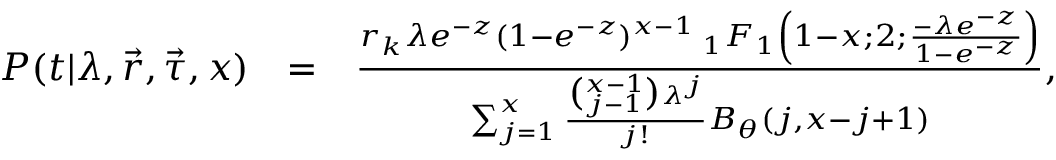
\begin{array} { r l r } { P ( t | \lambda , \vec { r } , \vec { \tau } , x ) } & { = } & { \frac { r _ { k } \lambda e ^ { - z } ( 1 - e ^ { - z } ) ^ { x - 1 } \: _ { 1 } F _ { 1 } \left( 1 - x ; 2 ; \frac { - \lambda e ^ { - z } } { 1 - e ^ { - z } } \right) } { \sum _ { j = 1 } ^ { x } \frac { \binom { x - 1 } { j - 1 } \lambda ^ { j } } { j ! } B _ { \theta } ( j , x - j + 1 ) } , } \end{array}